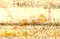
اهتمي